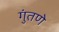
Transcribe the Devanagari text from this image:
गुंतणे